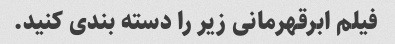
فیلم ابرقهرمانی زیر را دسته بندی کنید.